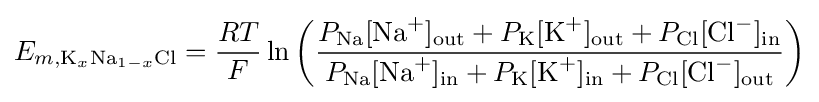
E_{m,\mathrm {K} _{x}\mathrm {\text{Na}} _{1-x}\mathrm {Cl} }={\frac {RT}{F}}\ln {\left({\frac {P_{\text{Na}}[{\text{Na}}^{+}]_{\mathrm {out} }+P_{\text{K}}[{\text{K}}^{+}]_{\mathrm {out} }+P_{\text{Cl}}[{\text{Cl}}^{-}]_{\mathrm {in} }}{P_{\text{Na}}[{\text{Na}}^{+}]_{\mathrm {in} }+P_{\text{K}}[{\text{K}}^{+}]_{\mathrm {in} }+P_{\text{Cl}}[{\text{Cl}}^{-}]_{\mathrm {out} }}}\right)}